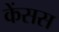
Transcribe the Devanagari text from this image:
केंसस